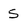
Character: S